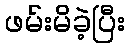
ဖမ်းမိခဲ့ပြီး